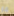
مار